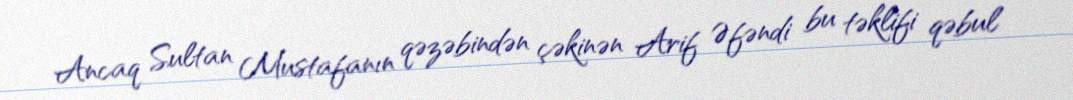
Ancaq Sultan Mustafanın qəzəbindən çəkinən Arif Əfəndi bu təklifi qəbul